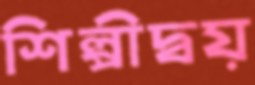
শিল্পীদ্বয়